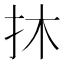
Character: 𢪮